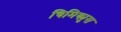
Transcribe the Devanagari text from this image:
चिमिक्युस